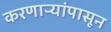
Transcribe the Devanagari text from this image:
करणाऱ्यांपासून